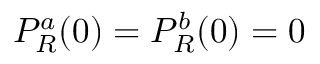
P _ { R } ^ { a } ( 0 ) = P _ { R } ^ { b } ( 0 ) = 0